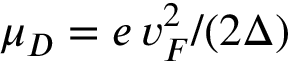
\mu _ { D } = e \, v _ { F } ^ { 2 } / ( 2 \Delta )